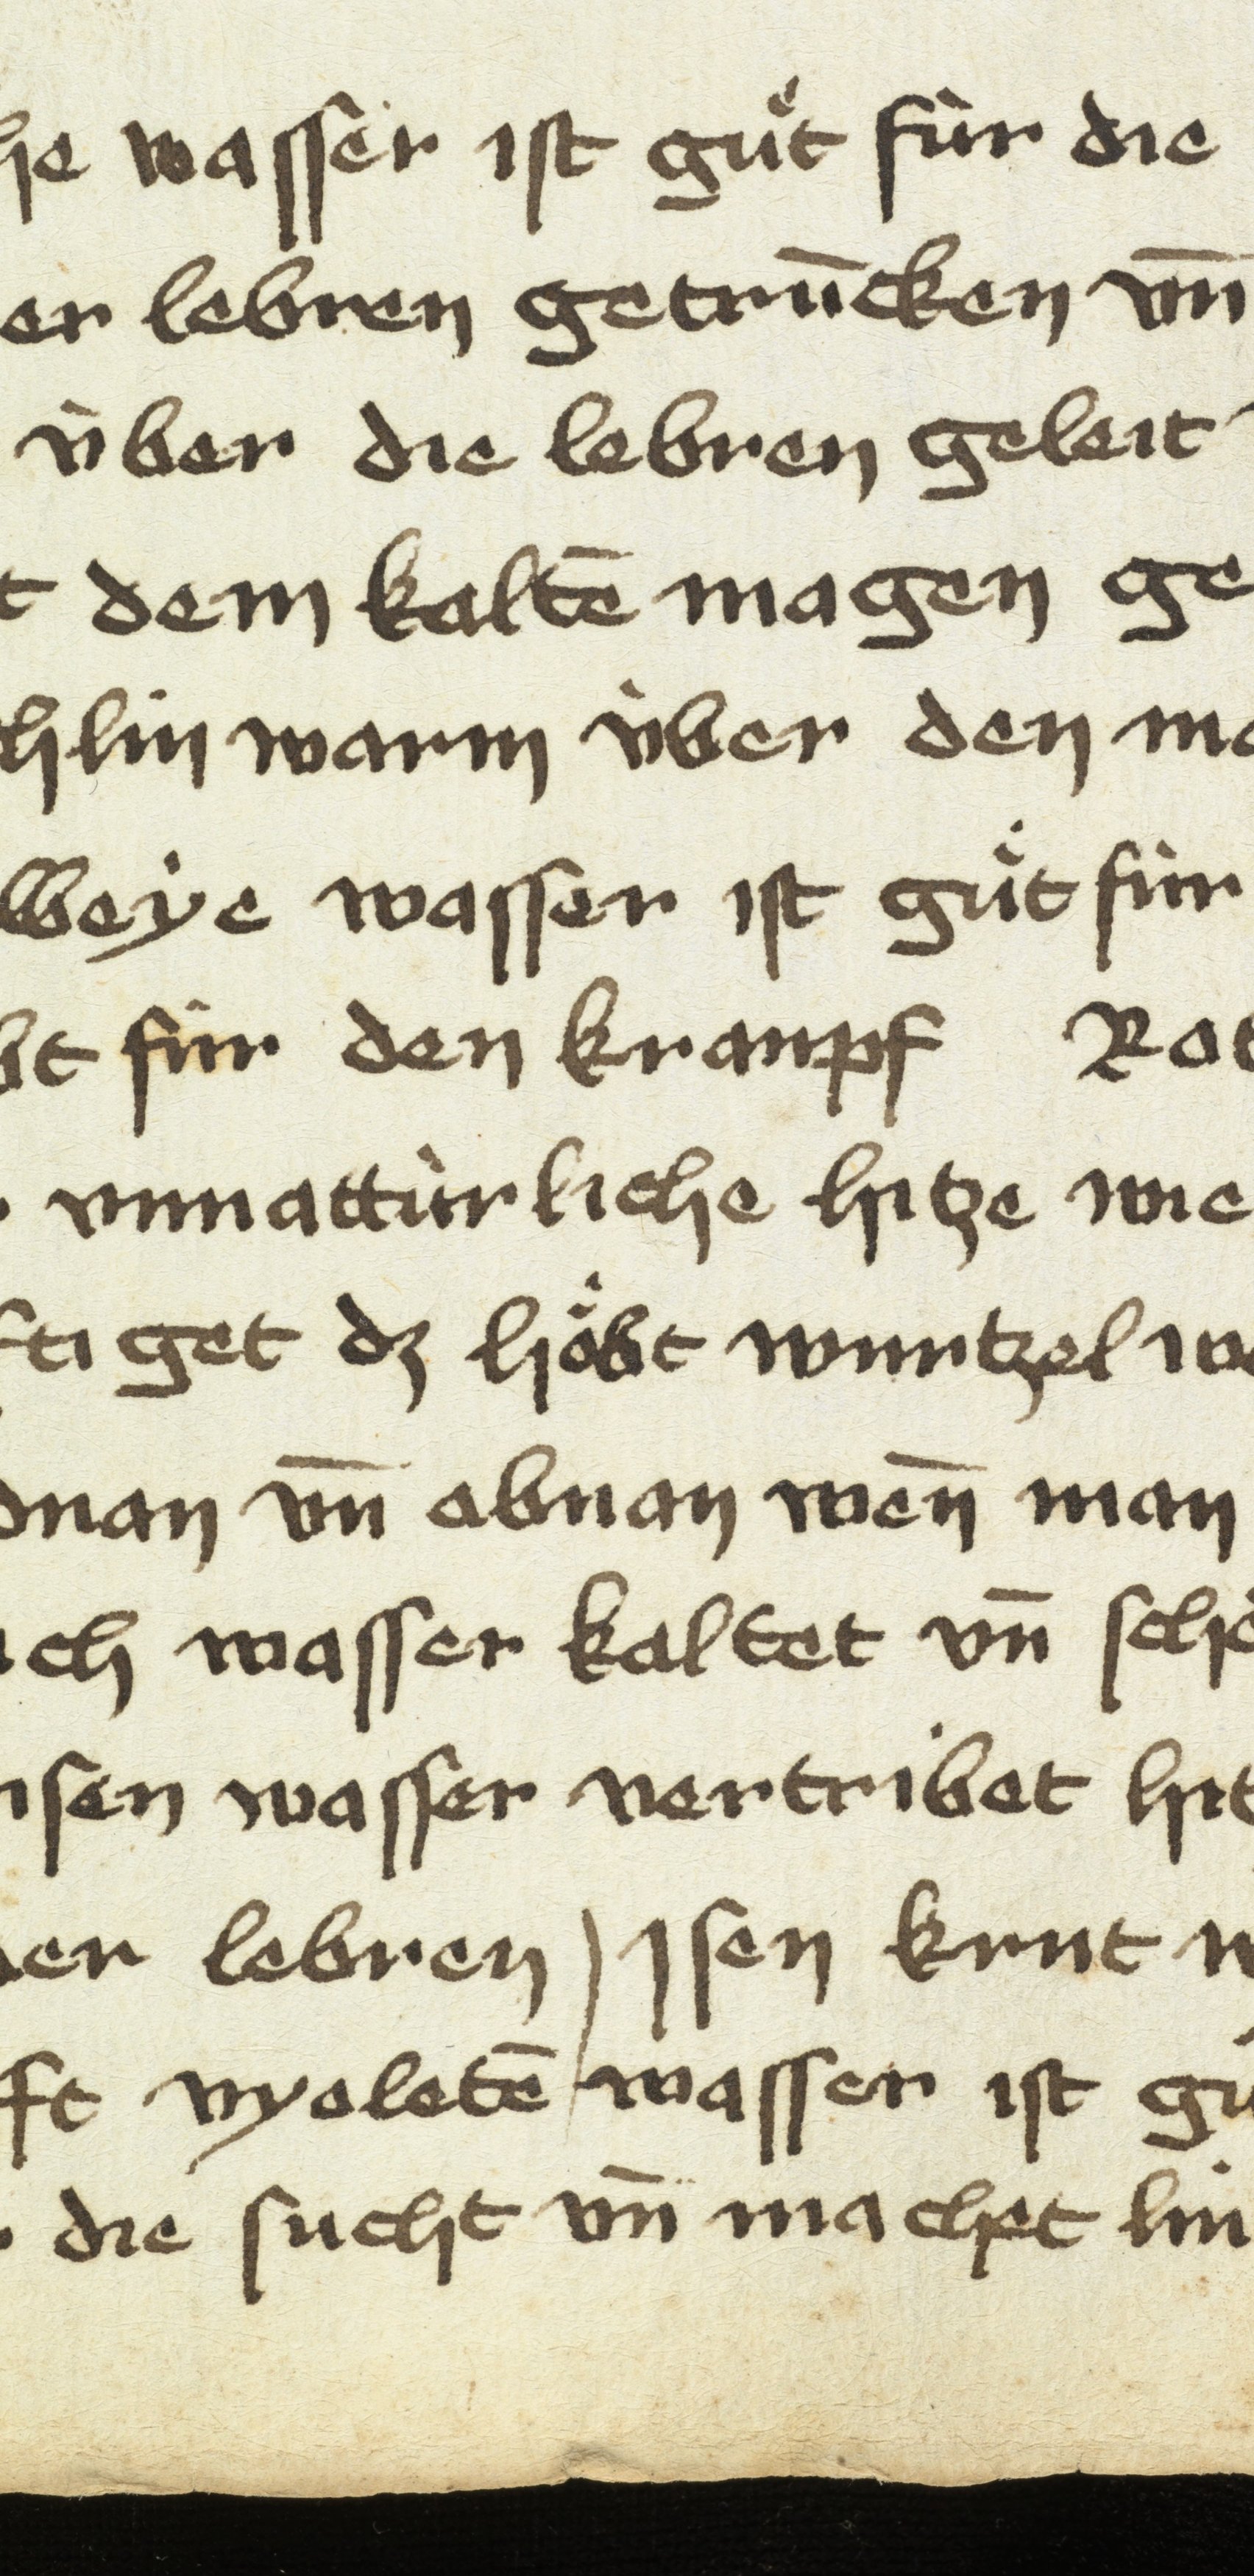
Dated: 1475–1499